Vaccination report Assam 1896-1927 - 1896-1927
Year: 1896
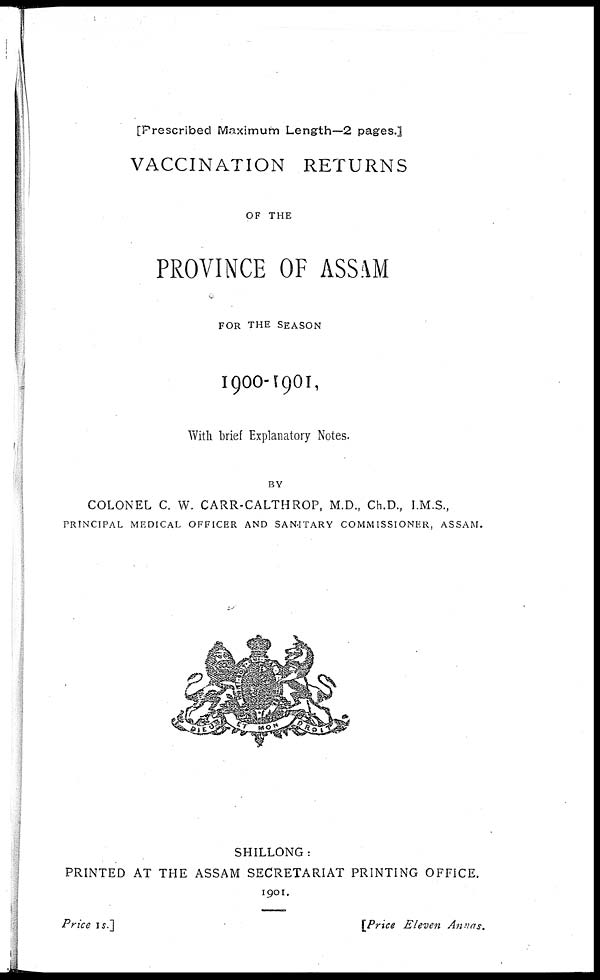
[Prescribed Maximum Length—2 pages.]
VACCINATION RETURNS
OF THE
PROVINCE OF ASSAM
FOR THE SEASON
1900-1901,
With brief Explanatory Notes.
BY
COLONEL C. W. CARR-CALTHROP, M.D., Ch.D., I.M.S.,
PRINCIPAL MEDICAL OFFICER AND SANITARY COMMISSIONER, ASSAM.
SHILLONG :
PRINTED AT THE ASSAM SECRETARIAT PRINTING OFFICE.
1901.
Price is.]
[Price Eleven Annas.